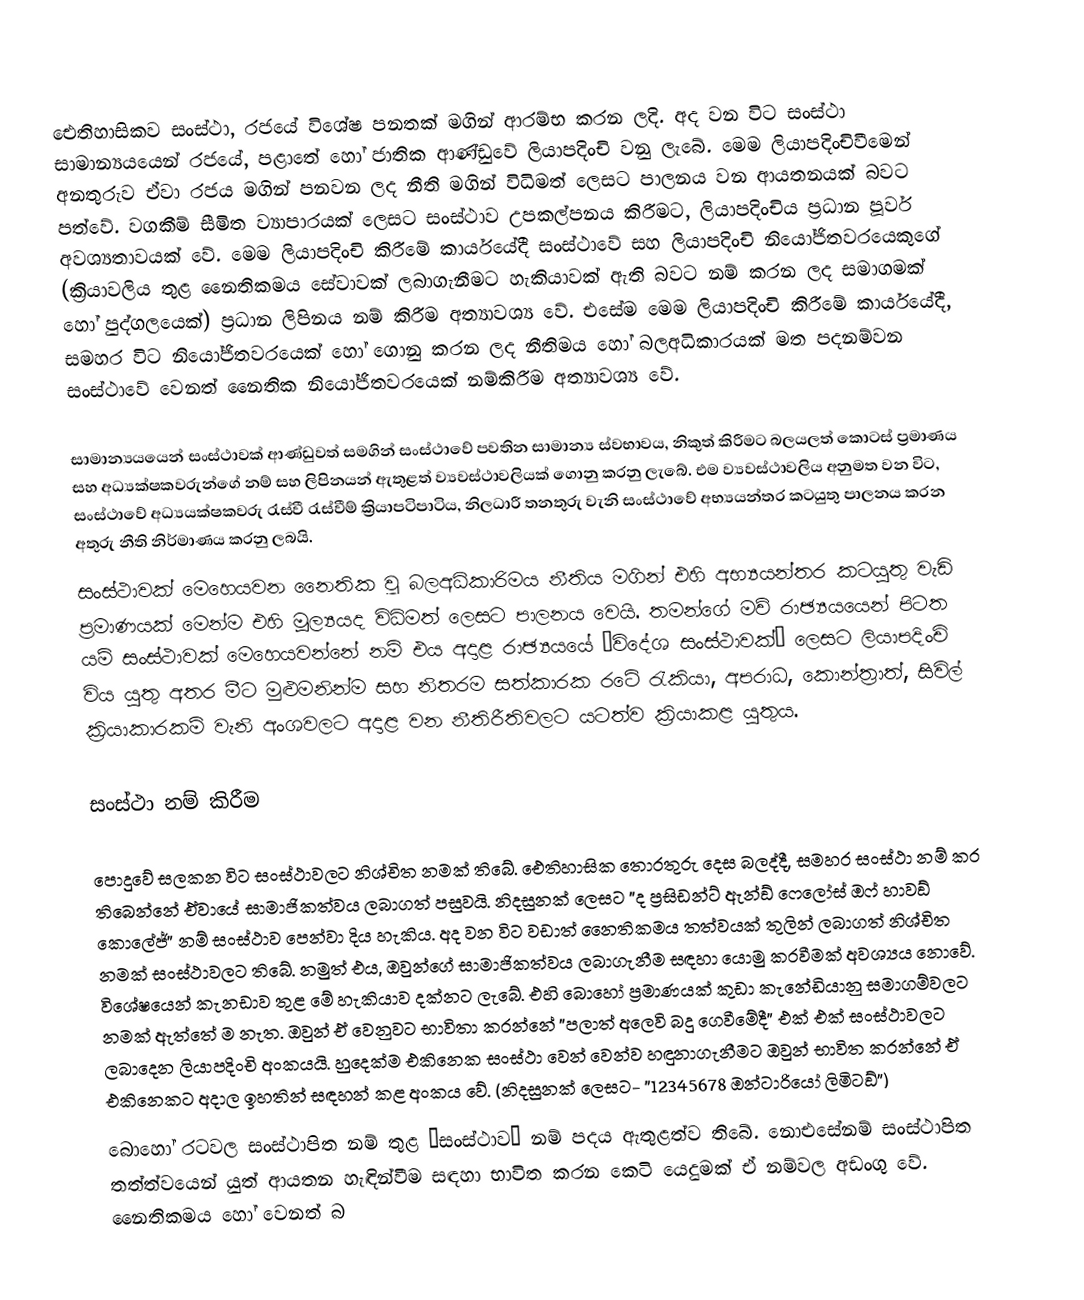
ඓතිහාසිකව සංස්ථා, රජයේ විශේෂ පනතක් මගින් ආරම්භ කරන ලදි. අද වන විට සංස්ථා සාමාන්‍යයයෙන් රජයේ, පළාතේ හෝ ජාතික ආණ්ඩුවේ ලියාපදිංචි වනු ලැබේ. මෙම ලියාපදිංචිවීමෙන් අනතුරුව ඒවා රජය මගින් පනවන ලද නීති මගින් විධිමත් ලෙසට පාලනය වන ආයතනයක් බවට පත්වේ. වගකීම් සීමිත ව්‍යාපාරයක් ලෙසට සංස්ථාව උපකල්පනය කිරීමට, ලියාපදිංචිය ප්‍රධාන පූර්ව අවශ්‍යතාවයක් වේ. මෙම ලියාපදිංචි කිරීමේ කාර්යයේදී සංස්ථාවේ සහ ලියාපදිංචි නියෝජිතවරයෙකුගේ (ක්‍රියාවලිය තුළ නෛතිකමය සේවාවක් ලබාගැනීමට හැකියාවක් ඇති බවට නම් කරන ලද සමාගමක් හෝ පුද්ගලයෙක්) ප්‍රධාන ලිපිනය නම් කිරීම අත්‍යාවශ්‍ය වේ. එසේම මෙම ලියාපදිංචි කිරීමේ කාර්යයේදී, සමහර විට නියෝජිතවරයෙක් හෝ ගොනු කරන ලද නීතිමය හෝ බලඅධිකාරයක් මත පදනම්වන සංස්ථාවේ වෙනත් නෛතික නියෝජිතවරයෙක් නම්කිරීම අත්‍යාවශ්‍ය වේ.

සාමාන්‍යයයෙන්  සංස්ථාවක් ආණ්ඩුවත් සමගින් සංස්ථාවේ පවතින සාමාන්‍ය  ස්වභාවය, නිකුත් කිරීමට බලයලත් කොටස් ප්‍රමාණය සහ අධ්‍යක්ෂකවරුන්ගේ නම් සහ ලිපිනයන් ඇතුළත් ව්‍යවස්ථාවලියක් ගොනු කරනු ලැබේ. එම ව්‍යවස්ථාවලිය අනුමත වන විට, සංස්ථාවේ අධ්‍යයක්ෂකවරු රැස්වී රැස්වීම් ක්‍රියාපටිපාටිය, නිලධාරී තනතුරු වැනි සංස්ථාවේ අභ්‍යයන්තර කටයුතු පාලනය කරන අතුරු නීති නිර්මාණය කරනු ලබයි.
	සංස්ථාවක් මෙහෙයවන නෛතික වූ බලඅධිකාරිමය නීතිය මගින් එහි අභ්‍යයන්තර කටයුතු වැඩි ප්‍රමාණයක් මෙන්ම එහි මූල්‍යයද විධිමත් ලෙසට පාලනය වෙයි. තමන්ගේ මව් රාඡ්‍යයයෙන් පිටත යම් සංස්ථාවක් මෙහෙයවන්නේ නම් එය අදාළ රාඡ්‍යයයේ ”විදේශ සංස්ථාවක්” ලෙසට ලියාපදිංචි විය යුතු අතර මීට මුළුමනින්ම සහ නිතරම සත්කාරක රටේ රැකියා, අපරාධ, කොන්ත්‍රාත්, සිවිල් ක්‍රියාකාරකම් වැනි අංශවලට අදාළ වන නීතිරීතිවලට යටත්ව ක්‍රියාකළ යුතුය.

සංස්ථා නම් කිරීම

පොදුවේ සලකන විට සංස්ථාවලට නිශ්චිත නමක් තිබේ. ඓතිහාසික තොරතුරු දෙස බලද්දී, සමහර සංස්ථා නම් කර තිබෙන්නේ ඒවායේ සාමාජිකත්වය ලබාගත් පසුවයි. නිදසුනක් ලෙසට ”ද ප්‍රසිඩන්ට් ඇන්ඞ් ෆෙලෝස් ඔෆ් හාවඞ් කොලේජ්” නම් සංස්ථාව පෙන්වා දිය හැකිය. අද වන විට වඩාත් නෛතිකමය තත්වයක් තුලින් ලබාගත් නිශ්චිත නමක් සංස්ථාවලට තිබේ. නමුත් එය, ඔවුන්ගේ සාමාජිකත්වය ලබාගැනීම සඳහා යොමු කරවීමක් අවශ්‍යය නොවේ. විශේෂයෙන් කැනඩාව තුළ මේ හැකියාව දක්නට ලැබේ. එහි බොහෝ ප්‍රමාණයක් කුඩා කැනේඩියානු සමාගම්වලට නමක් ඇත්තේ ම නැත. ඔවුන් ඒ වෙනුවට භාවිතා කරන්නේ ”පලාත් අලෙවි බදු ගෙවීමේදී” එක් එක් සංස්ථාවලට ලබාදෙන ලියාපදිංචි අංකයයි. හුදෙක්ම එකිනෙක සංස්ථා වෙන් වෙන්ව හඳුනාගැනීමට ඔවුන් භාවිත කරන්නේ ඒ එකිනෙකට අදාල ඉහතින් සඳහන් කළ අංකය වේ. (නිදසුනක් ලෙසට- ”12345678 ඔන්ටාරියෝ ලිමිටඞ්”)
	බොහෝ රටවල සංස්ථාපිත නම් තුළ ”සංස්ථාව” නම් පදය ඇතුළත්ව තිබේ. නොඑසේනම් සංස්ථාපිත තත්ත්වයෙන් යුත් ආයතන හැඳින්වීම සඳහා භාවිත කරන කෙටි යෙදුමක් ඒ නම්වල අඩංගු වේ. නෛතිකමය හෝ වෙනත් බ